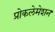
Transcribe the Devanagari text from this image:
प्रोकलेमेशन